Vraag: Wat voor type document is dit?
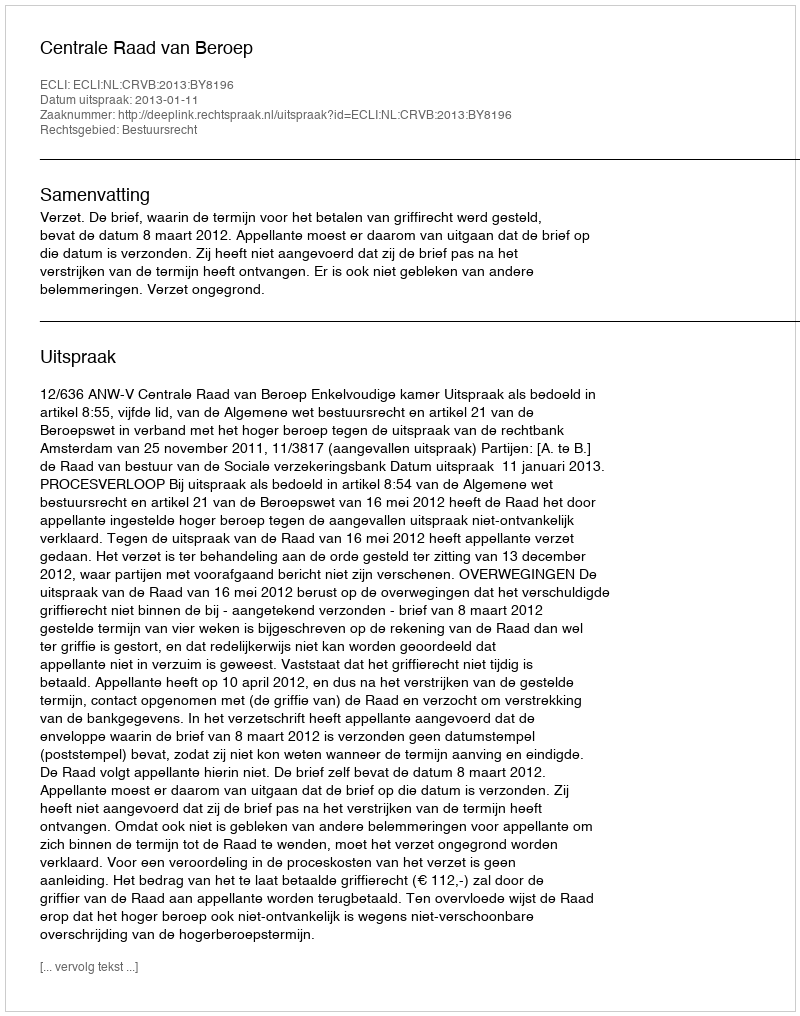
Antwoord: Uitspraak